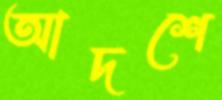
আদশে